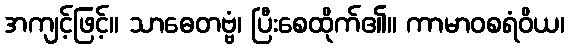
အကျင့်ဖြင့်။ သာဓေတဗ္ဗံ၊ ပြီးစေထိုက်၏။ ကာမာဝစရံဝိယ၊